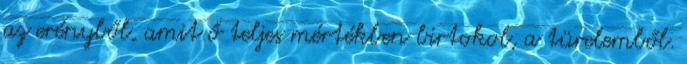
az erényből, amit ő teljes mértékben birtokol, a türelemből.